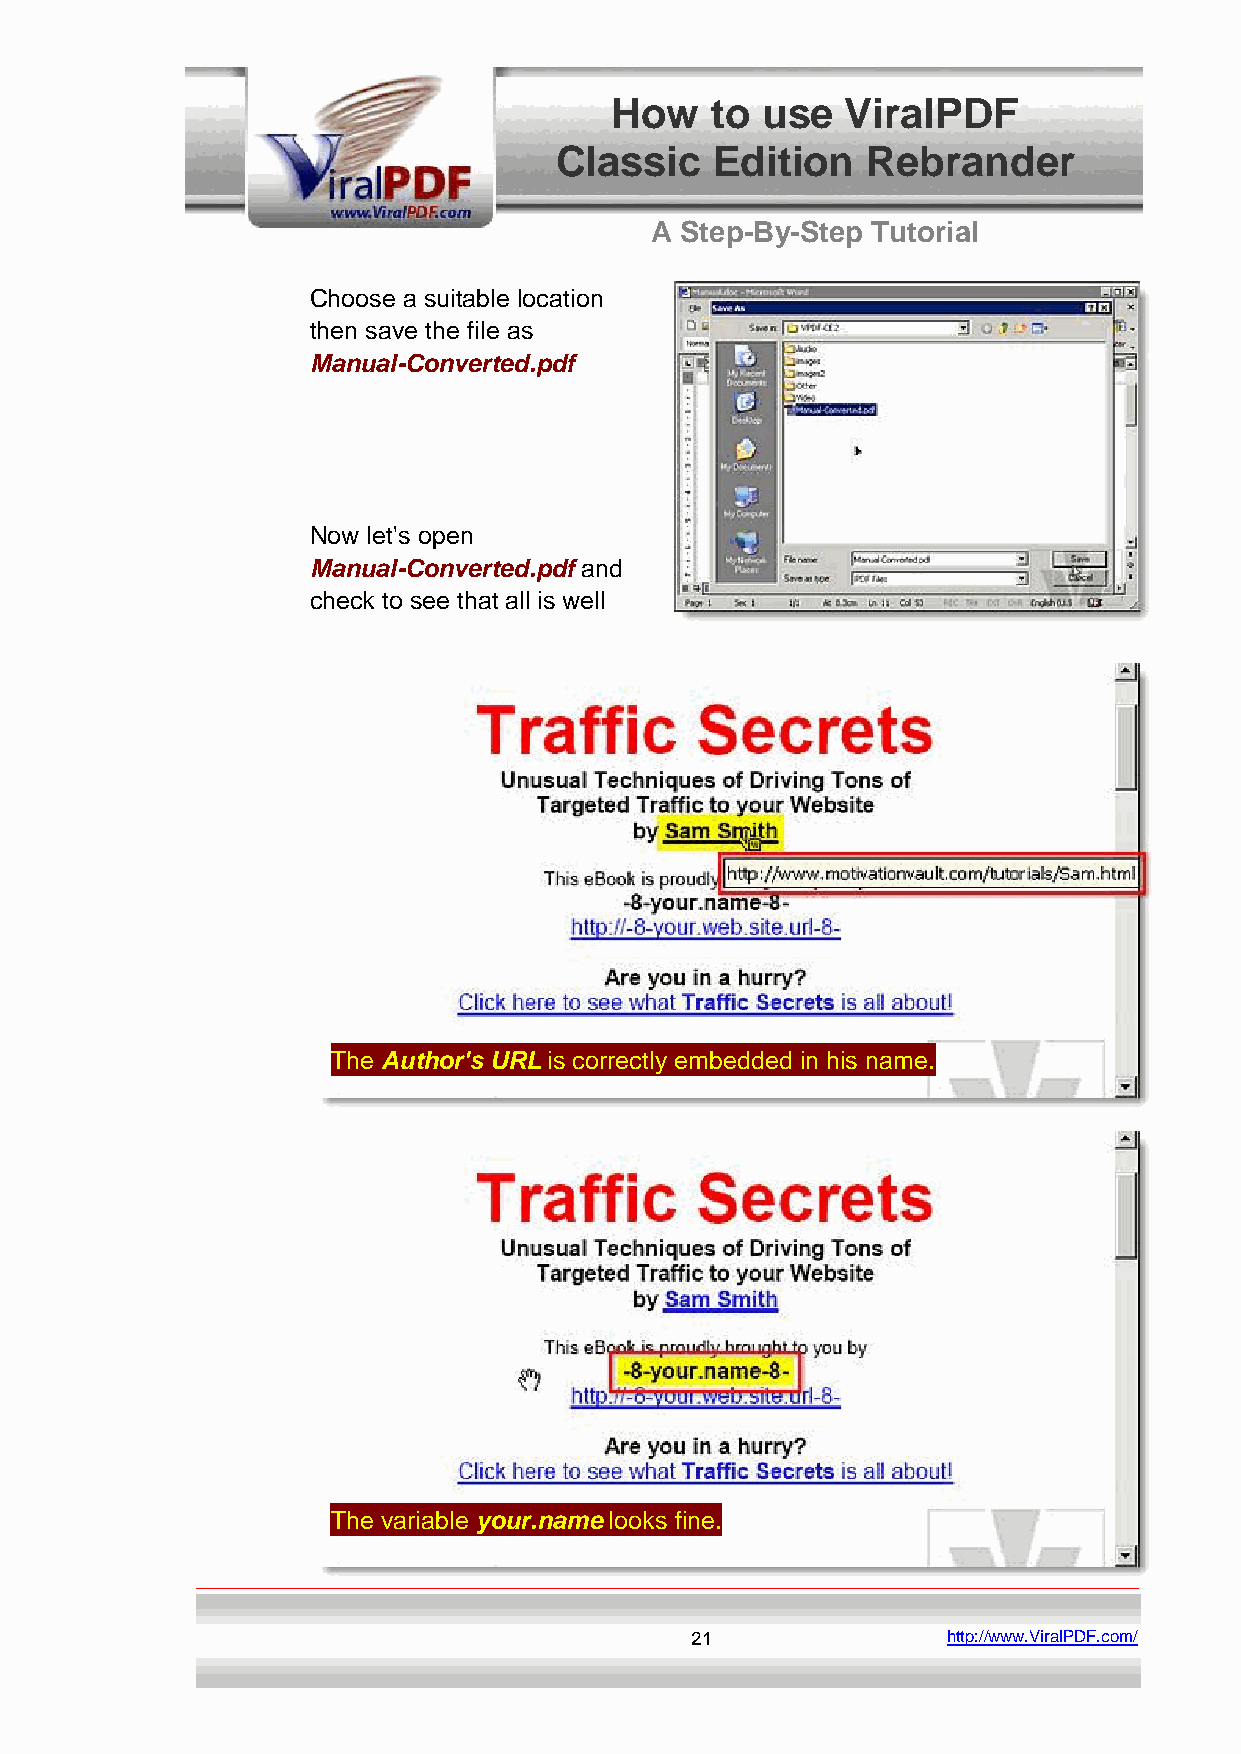
How    to use   ViralPDF
 Classic   Edition   Rebrander
 A Step-By-Step Tutorial
 Choose a suitable location
 then save the file as
 Manual-Converted.pdf
 Now let's open
 Manual-Converted.pdf and
 check to see that all is well
 The Author's URL is correctly embedded in his name.
 The variable your.name looks fine.
 21               http://www.ViralPDF.com/